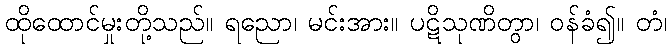
ထိုထောင်မှုးတို့သည်။ ရညော၊ မင်းအား။ ပဋိသုဏိတွာ၊ ဝန်ခံ၍။ တံ၊